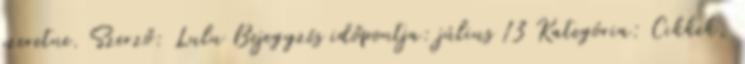
szeretne. Szerző: Lulu Bejegyzés időpontja: július 13 Kategória: Cikkek,